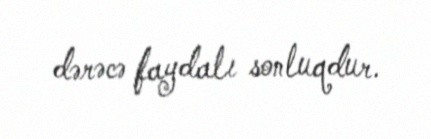
dərəcə faydalı sonluqdur.